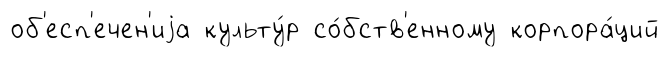
об'есп'ечен'иjа культу́р со́бств'енному корпора́ций